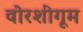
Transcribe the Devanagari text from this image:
वोरशीगूम